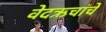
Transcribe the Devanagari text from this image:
वेदऋचांचे